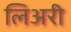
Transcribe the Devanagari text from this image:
लिअरी